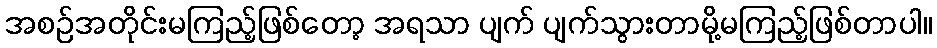
အစဉ်အတိုင်းမကြည့်ဖြစ်တော့ အရသာ ပျက် ပျက်သွားတာမို့မကြည့်ဖြစ်တာပါ။